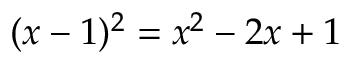
( x - 1 ) ^ { 2 } = x ^ { 2 } - 2 x + 1